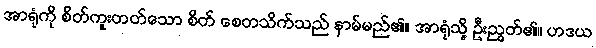
အာရုံကို စိတ်ကူးတတ်သော စိတ် စေတသိက်သည် နာမ်မည်၏။ အာရုံသို့ ဦးညွတ်၏။ ဟဒယ